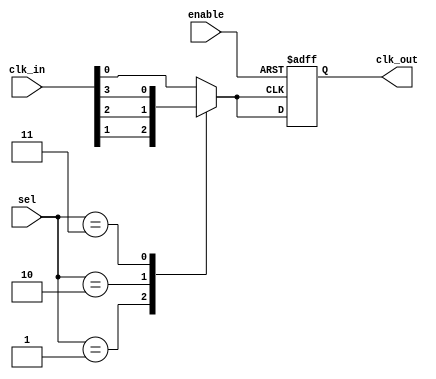
module CMUX_Buffer (
    input wire [N-1:0] clk_in,      // Multiple clock inputs (e.g., CLK0, CLK1, CLK2, ...)
    input wire [N-1:0] sel,          // Selection signal for clock inputs
    input wire enable,                // Enable signal to control clock output
    output reg clk_out                // Buffered clock output
);
    parameter N = 4;                  // Number of clock inputs (adjust as needed)

    // Internal signal to hold the selected clock
    reg selected_clk;

    always @(*) begin
        // Select the appropriate clock based on the selection signal
        case (sel)
            2'b00: selected_clk = clk_in[0]; // Select CLK0
            2'b01: selected_clk = clk_in[1]; // Select CLK1
            2'b10: selected_clk = clk_in[2]; // Select CLK2
            2'b11: selected_clk = clk_in[3]; // Select CLK3
            default: selected_clk = clk_in[0]; // Default to CLK0
        endcase
    end

    always @(posedge selected_clk or negedge enable) begin
        if (!enable) begin
            clk_out <= 1'b0; // Disable clock output
        end else begin
            clk_out <= selected_clk; // Buffer the selected clock
        end
    end

endmodule